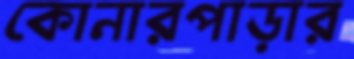
কোনারপাড়ার